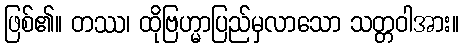
ဖြစ်၏။ တဿ၊ ထိုဗြဟ္မာပြည်မှလာသော သတ္တဝါအား။